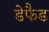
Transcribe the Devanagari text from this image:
डेफैड